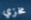
مخزي